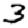
Digit: 3